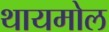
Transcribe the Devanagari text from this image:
थायमोल